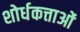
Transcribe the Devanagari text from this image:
शोर्धकत्ताओं